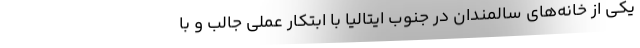
یکی از خانه‌های سالمندان در جنوب ایتالیا با ابتکار عملی جالب و با